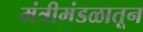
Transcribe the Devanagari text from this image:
मंत्रीमंडळातून